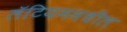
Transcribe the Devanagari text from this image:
लॅटियममधील